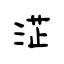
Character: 淽